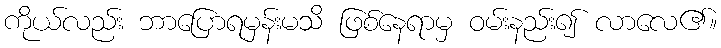
ကိုယ်လည်း ဘာပြောရမှန်းမသိ ဖြစ်နေရာမှ ဝမ်းနည်း၍ လာလေ၏။